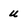
Character: u